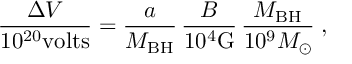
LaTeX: { \frac { \Delta V } { 1 0 ^ { 2 0 } \mathrm { v o l t s } } } = { \frac { a } { M _ { \mathrm { B H } } } } \, { \frac { B } { 1 0 ^ { 4 } \mathrm { G } } } \, { \frac { M _ { \mathrm { B H } } } { 1 0 ^ { 9 } M _ { \odot } } } \; ,